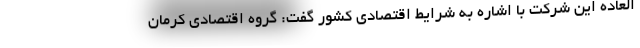
العاده این شرکت با اشاره به شرایط اقتصادی کشور گفت: گروه اقتصادی کرمان